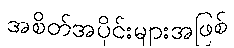
အစိတ်အပိုင်းများအဖြစ်